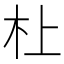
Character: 𪱲